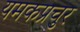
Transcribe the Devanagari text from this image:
यमकप्रचुर